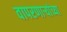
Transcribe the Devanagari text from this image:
वापरणाऱ्यांच्या